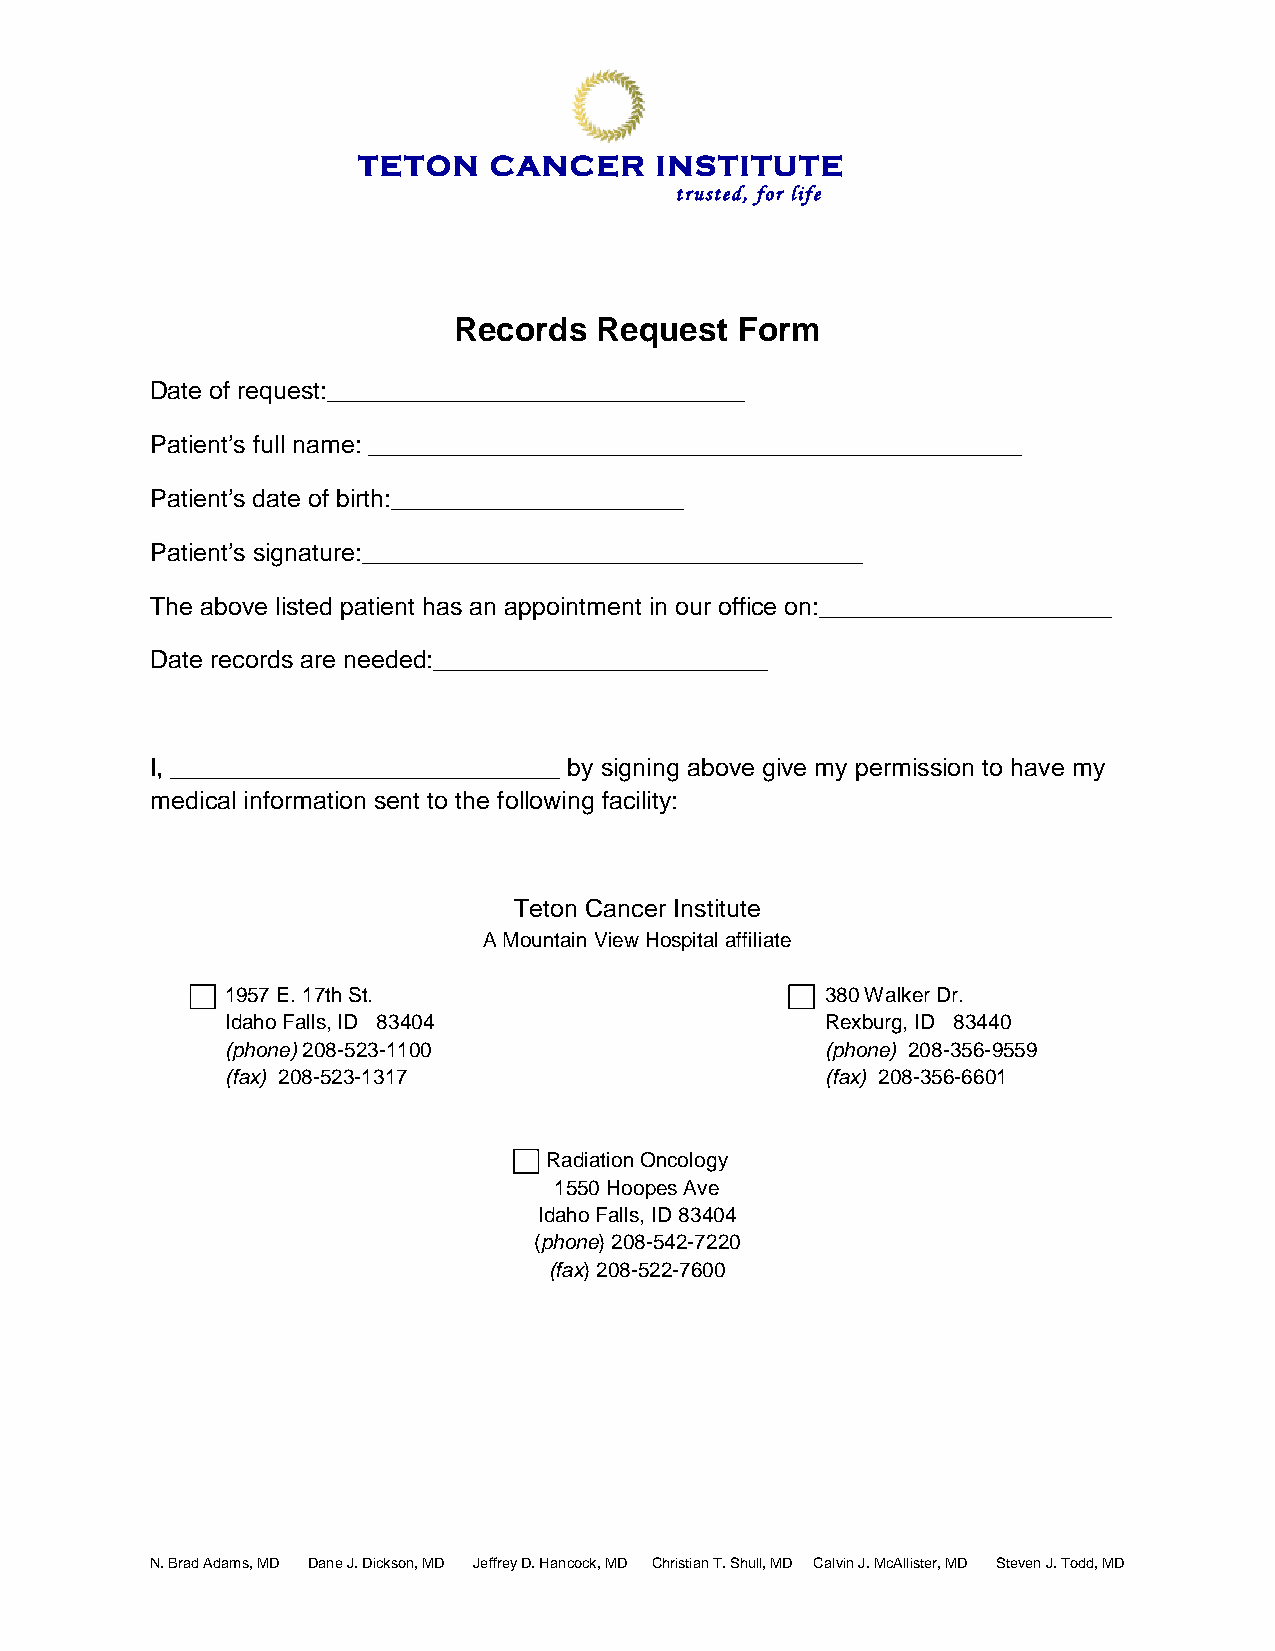
TETON   CANCER     INSTITUTE
 trusted, for life
 Records  Request   Form
 Date of request:______________________________
 Patient’s full name: _______________________________________________
 Patient’s date of birth:_____________________
 Patient’s signature:____________________________________
 The above listed patient has an appointment in our office on:_____________________
 Date records are needed:________________________
 I, ____________________________ by signing above give my permission to have my
 medical information sent to the following facility:
 Teton Cancer Institute
 A Mountain View Hospital affiliate
 1957 E. 17th St.                        380 Walker Dr.
 Idaho Falls, ID 83404                   Rexburg, ID 83440
 (phone) 208-523-1100                    (phone) 208-356-9559
 (fax) 208-523-1317                      (fax) 208-356-6601
 Radiation Oncology
 1550 Hoopes Ave
 Idaho Falls, ID 83404
 (phone) 208-542-7220
 (fax) 208-522-7600
 N. Brad Adams, MD Dane J. Dickson, MD Jeffrey D. Hancock, MD Christian T. Shull, MD Calvin J. McAllister, MD Steven J. Todd, MD